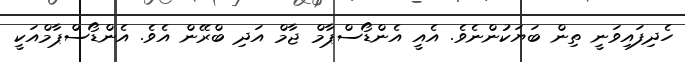
ހެދިފައިވަނީ ތިން ބަޔަކުންނެވެ. އެއީ އެންޑޯސްޕާމް ޖާމް އަދި ބްރޭން އެވެ. އެންޑޯސްޕާމްއަކީ